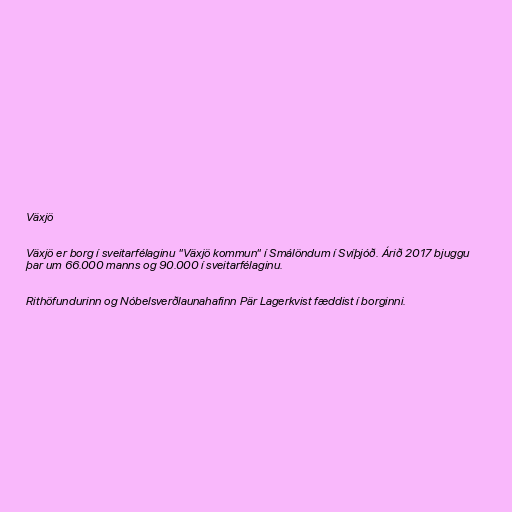
Växjö

Växjö er borg í sveitarfélaginu "Växjö kommun" í Smálöndum í Svíþjóð. Árið 2017 bjuggu
þar um 66.000 manns og 90.000 í sveitarfélaginu.

Rithöfundurinn og Nóbelsverðlaunahafinn Pär Lagerkvist fæddist í borginni.